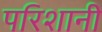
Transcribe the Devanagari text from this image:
परिशानी